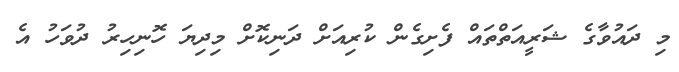
މި ދައުވާގެ ޝަރީއަތްތައް ފެށިގެން ކުރިއަށް ދަނިކޮށް މިދިޔަ ހޮނިހިރު ދުވަހު އެ